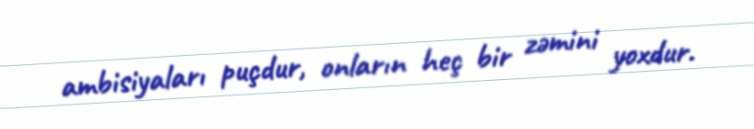
ambisiyaları puçdur, onların heç bir zəmini yoxdur.